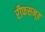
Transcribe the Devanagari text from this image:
रीफसमूह